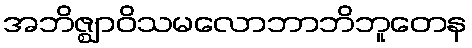
အဘိဇ္ဈာဝိသမလောဘာဘိဘူတေန